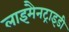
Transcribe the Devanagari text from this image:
लाइमैनट्राइडी